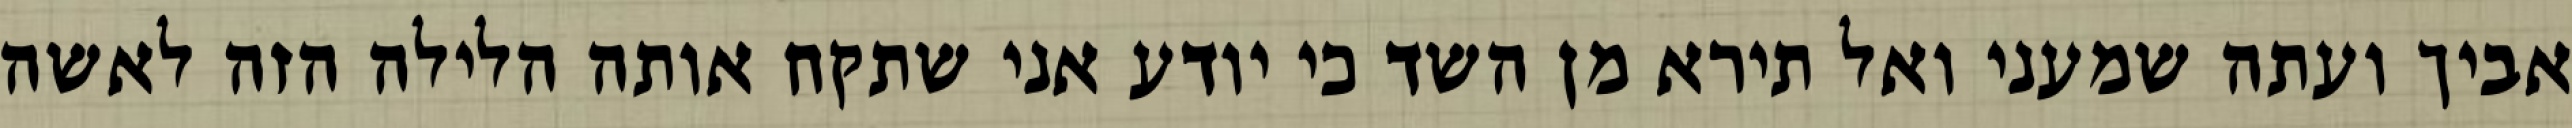
אביך ועתה שמעני ואל תירא מן השד כי יודע אני שתקח אותה הלילה הזה לאשה